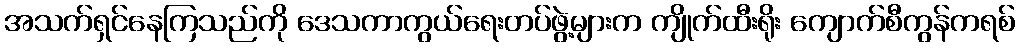
အသက်ရှင်နေကြသည်ကို ဒေသကာကွယ်ရေးတပ်ဖွဲ့များက ကျိုက်ထီးရိုး ကျောက်စီကွန်ကရစ်